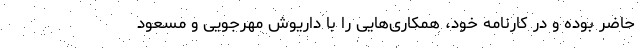
حاضر بوده و در کارنامه خود، همکاری‌هایی را با داریوش مهرجویی و مسعود